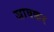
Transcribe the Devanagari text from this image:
जावकर